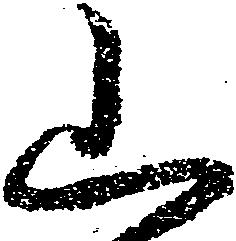
山